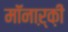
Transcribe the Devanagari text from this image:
मॉंनाऱ्क़़ी